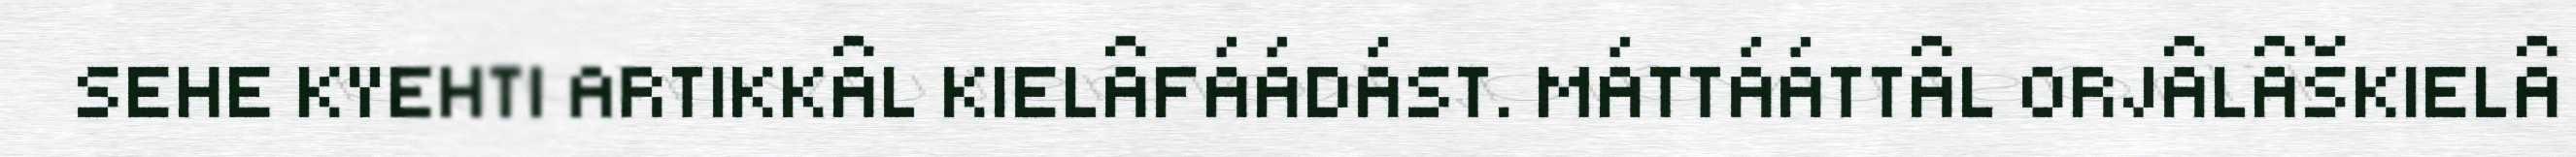
SEHE KYEHTI ARTIKKÂL KIELÂFÁÁDÁST. MÁTTÁÁTTÂL ORJÂLÂŠKIELÂ